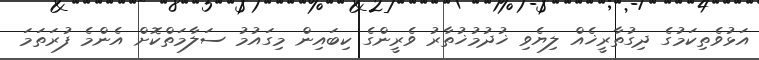
އަޅުވެތިކަމުގެ ދިގުތާރީޚެއް ލިޔެވި ޚުދުމުޚުތާރު ވެރީންގެ ކިބައިން މިގައުމު ސަލާމަތްކޮށް އެންމެ ފުރަތަމަ